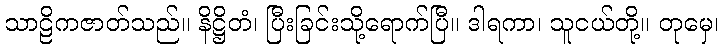
သာဠိကဇာတ်သည်။ နိဋ္ဌိတံ၊ ပြီးခြင်းသို့ရောက်ပြီ။ ဒါရကာ၊ သူငယ်တို့။ တုမှေ၊